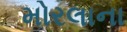
મોરલાના